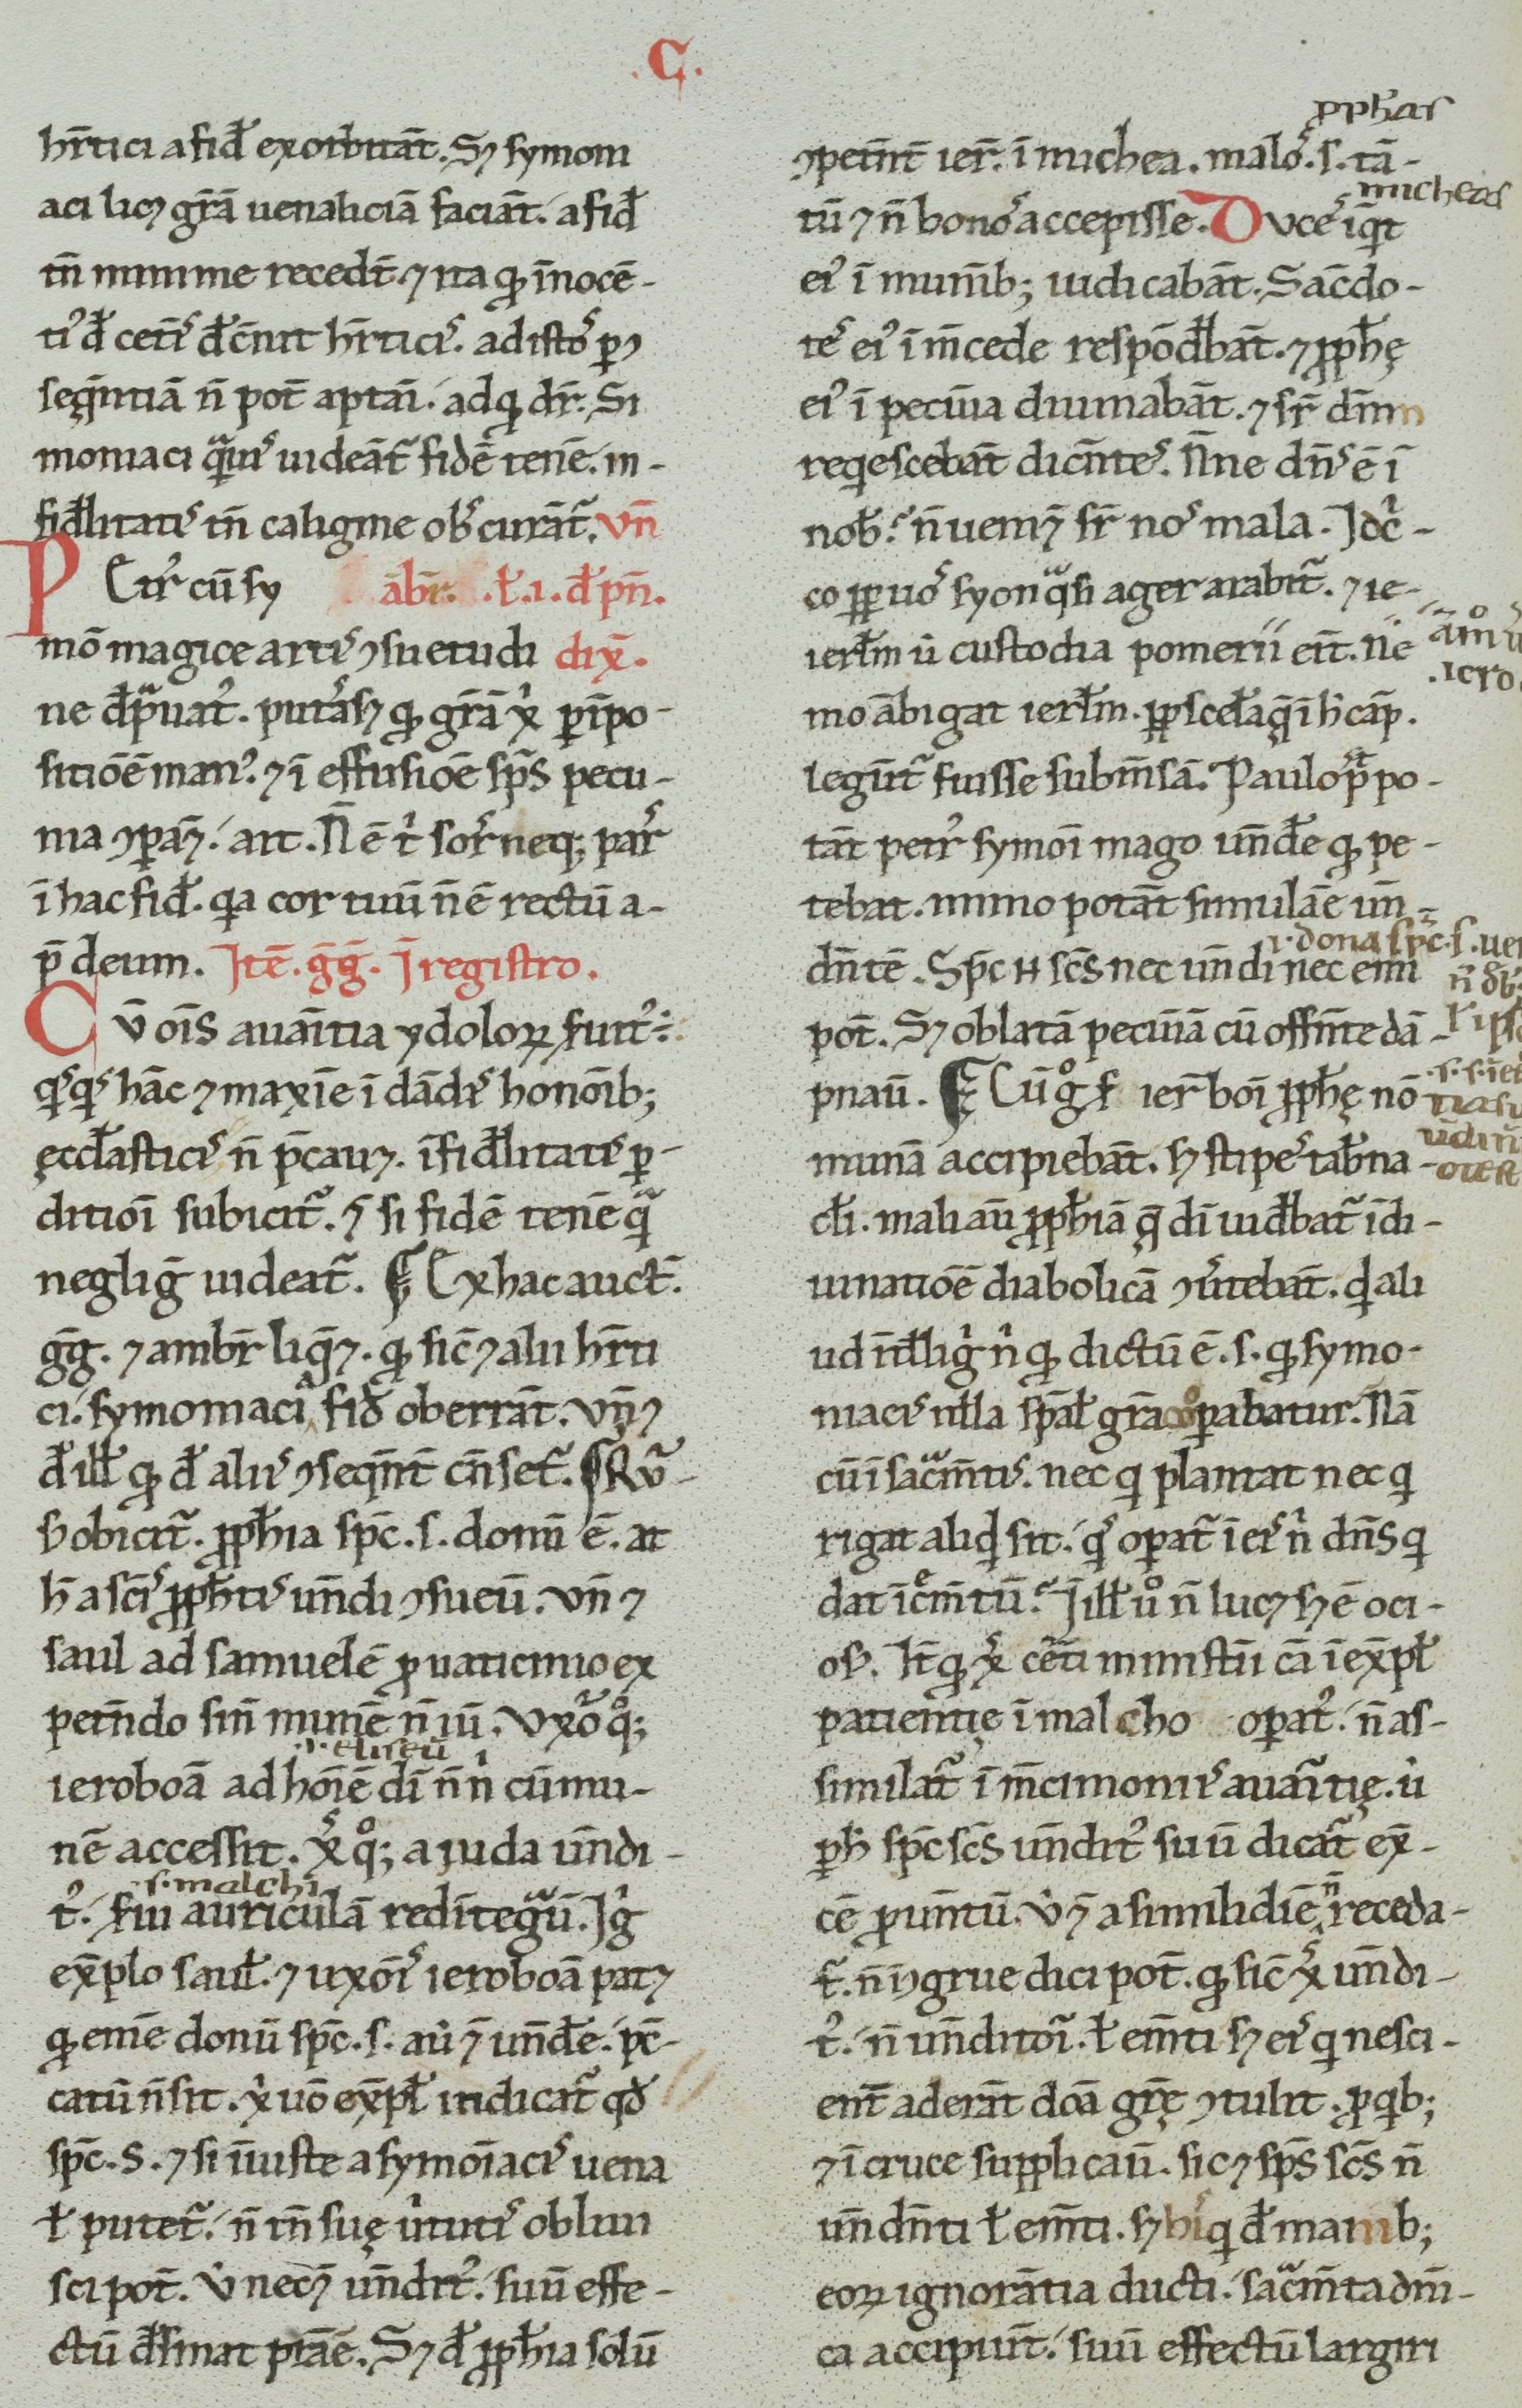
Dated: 1100–1199